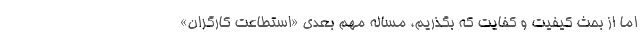
اما از بحث کیفیت و کفایت که بگذریم، مساله مهم بعدی «استطاعت کارگران»